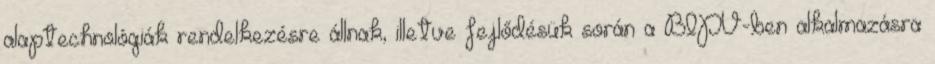
alaptechnológiák rendelkezésre állnak, illetve fejlődésük során a BIPV-ben alkalmazásra